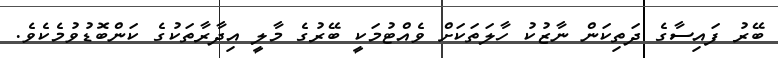
ބޭރު ފައިސާގެ ދަތިކަން ނާޒުކު ހާލަތަކަށް ވެއްޓުމަކީ ބޭރުގެ މާލީ އިދާރާތަކުގެ ކަންބޮޑުވުމެކެވެ.